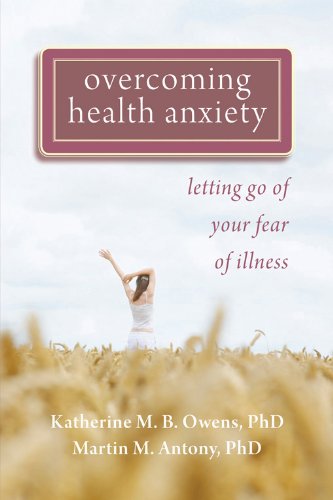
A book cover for Overcoming Health Anxiety: Letting Go of Your Fear of Illness; Katherine Owens PhD; Self-Help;